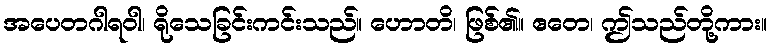
အပေတဂါရဝါ၊ ရိုသေခြင်းကင်းသည်။ ဟောတိ၊ ဖြစ်၏။ ဧတေ၊ ဤသည်တို့ကား။